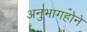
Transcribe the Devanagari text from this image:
अनुभागहोने